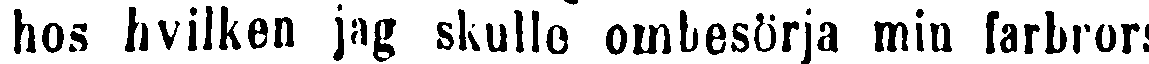
hos hvilken jag skulle ombesörja min farbrors